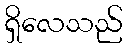
ရှိလေသည်